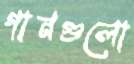
গানগুলো